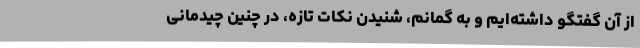
از آن گفتگو داشته‌ایم و به گمانم، شنیدن نکات تازه، در چنین چیدمانی